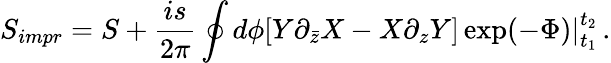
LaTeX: S_{impr}=S+\frac{is}{2\pi}\oint d\phi\left.\left[Y\partial_{\bar{z}}X-X\partial_{z}Y\right]\exp(-\Phi)\right|_{t_{1}}^{t_{2}}\, .